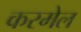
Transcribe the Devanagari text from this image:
करमेल